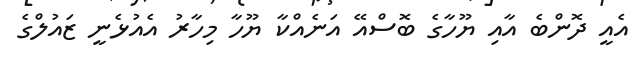
އެއީ ދޮންބެ އާއި ޔޫހާގެ ބޮސްއޭ އަނެއްކާ ޔޫހާ މިހާރު އެއުޅެނީ ޒައުލްގެ